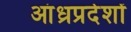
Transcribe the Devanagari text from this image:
आंध्रप्रदेशों